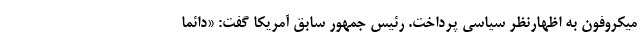
میکروفون به اظهارنظر سیاسی پرداخت. رئیس جمهور سابق آمریکا گفت: «دائماً